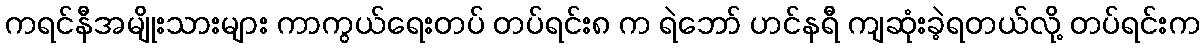
ကရင်နီအမျိုးသားများ ကာကွယ်ရေးတပ် တပ်ရင်း၈ က ရဲဘော် ဟင်နရီ ကျဆုံးခဲ့ရတယ်လို့ တပ်ရင်းက